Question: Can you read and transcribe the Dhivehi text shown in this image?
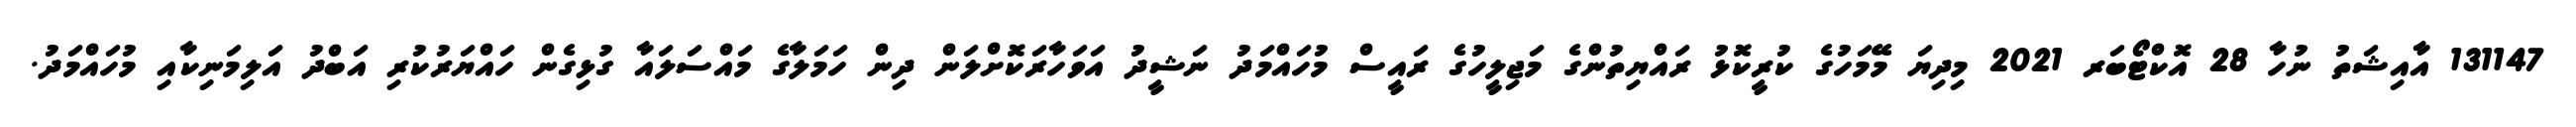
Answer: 131147 އާއިޝަތު ނުހާ 28 އޮކްޓޯބަރ 2021 މިދިޔަ މޭމަހުގެ ކުރީކޮޅު ރައްޔިތުންގެ މަޖިލީހުގެ ރައީސް މުހައްމަދު ނަޝީދު އަވަހާރަކޮށްލަން ދިން ހަމަލާގެ މައްސަލައާ ގުޅިގެން ހައްޔަރުކުރި އަބްދު އަލިމަނިކާއި މުހައްމަދު.